Document type: Dowry
Year: 1238
Scribe: Berenguer Jaume
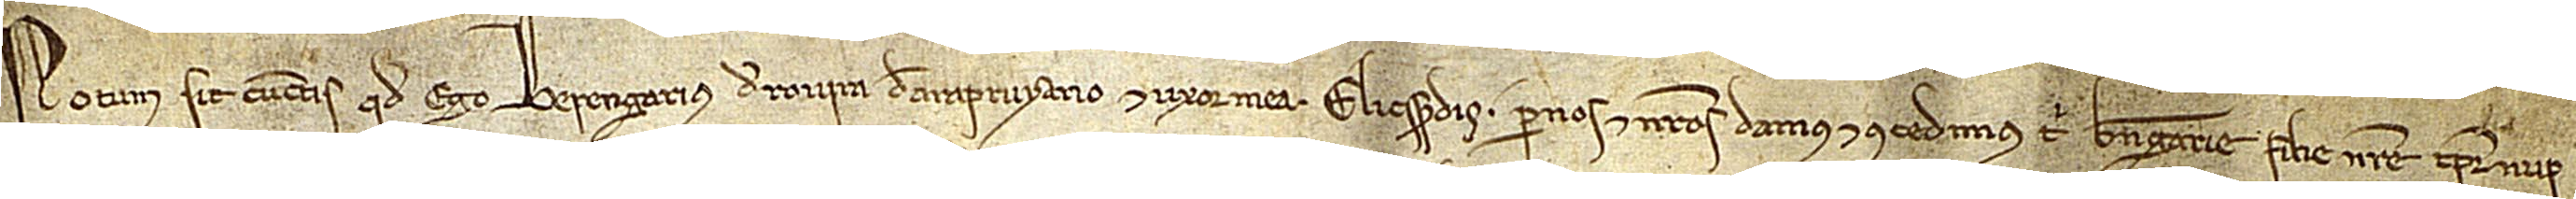
Notum sit cunctis quod ego Berengarius de Rovira, de Arapruyano, et uxor mea per nos et nostros damus et concedimus tibi Berengarie, filie nostre, tempore nup-